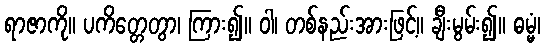
ရာဇာကို။ ပကိတ္တေတွာ၊ ကြား၍။ ဝါ၊ တစ်နည်းအားဖြင့်။ ချီးမွမ်း၍။ ဓမ္မံ၊